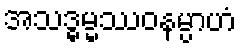
အသဒ္ဓမ္မဿဝနမ္ပာဟံ